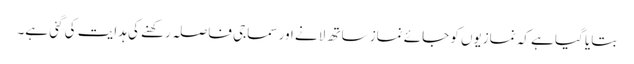
بتایا گیا ہے کہ نمازیوں کو جائے نماز ساتھ لانے اور سماجی فاصلہ رکھنے کی ہدایت کی گئی ہے۔